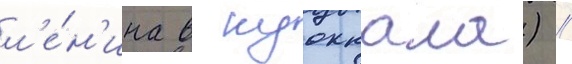
л'е́н'ина в куоккала) //